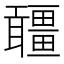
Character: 𤳾